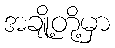
အချို့တို့မှာ